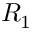
R _ { 1 }